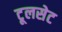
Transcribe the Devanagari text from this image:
टूलसेट